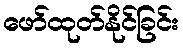
ဖော်ထုတ်နိုင်ခြင်း